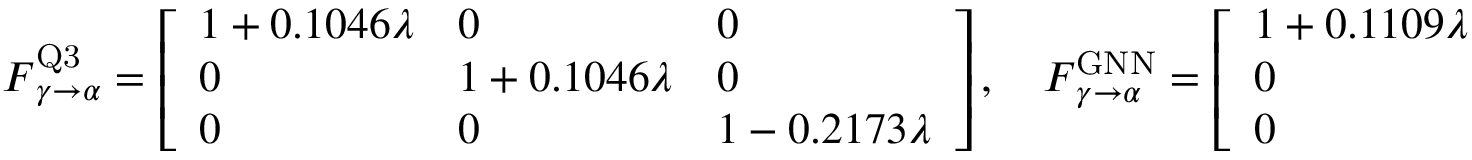
\boldsymbol { F } _ { \gamma \rightarrow \alpha } ^ { \mathrm { Q 3 } } = \left[ \begin{array} { l l l } { 1 + 0 . 1 0 4 6 \lambda } & { 0 } & { 0 } \\ { 0 } & { 1 + 0 . 1 0 4 6 \lambda } & { 0 } \\ { 0 } & { 0 } & { 1 - 0 . 2 1 7 3 \lambda } \end{array} \right] , \quad \boldsymbol { F } _ { \gamma \rightarrow \alpha } ^ { \mathrm { G N N } } = \left[ \begin{array} { l l l } { 1 + 0 . 1 1 0 9 \lambda } & { 0 } & { 0 } \\ { 0 } & { 1 + 0 . 1 1 0 9 \lambda } & { 0 } \\ { 0 } & { 0 } & { 1 - 0 . 2 1 4 5 \lambda } \end{array} \right] ,